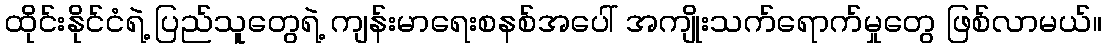
ထိုင်းနိုင်ငံရဲ့ ပြည်သူတွေရဲ့ ကျန်းမာရေးစနစ်အပေါ် အကျိုးသက်ရောက်မှုတွေ ဖြစ်လာမယ်။